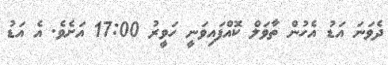
ދެވަނަ އަޑު އެހުން ތާވަލް ކޮއްފައިވަނީ ހަވީރު 17:00 އަށެވެ. އެ އަޑު